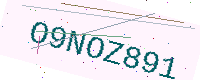
Text: O9NOZ891